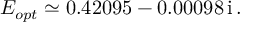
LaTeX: E _ { o p t } \simeq 0 . 4 2 0 9 5 - 0 . 0 0 0 9 8 \, \mathrm { i } \, .